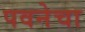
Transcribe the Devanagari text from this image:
पवनेचा